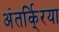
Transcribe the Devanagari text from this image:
अंतर्कि्रया